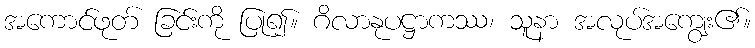
အကောင်ဖုတ် ခြင်းကို ပြု၍။ ဂိလာနုပဋ္ဌာကဿ၊ သူနာ အလုပ်အကျွေး၏။